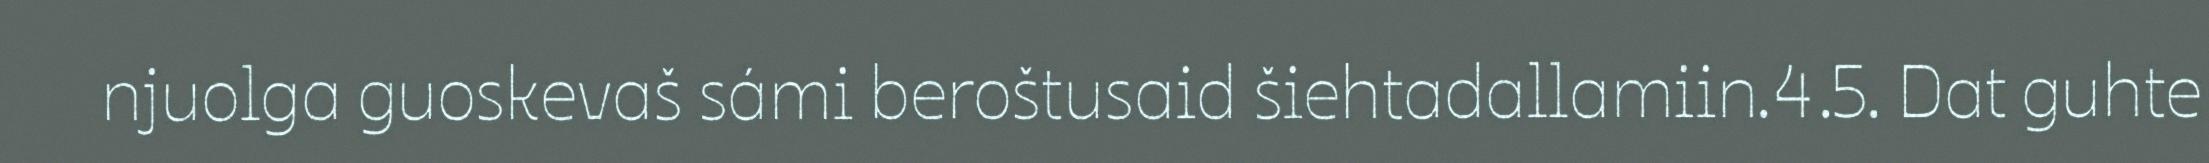
njuolga guoskevaš sámi beroštusaid šiehtadallamiin.4.5. Dat guhte